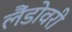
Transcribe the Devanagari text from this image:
लैंडोवरी